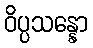
ဝိပ္ပသန္နော